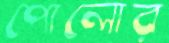
পোলোর